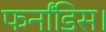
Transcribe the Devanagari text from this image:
फर्नांडिस।